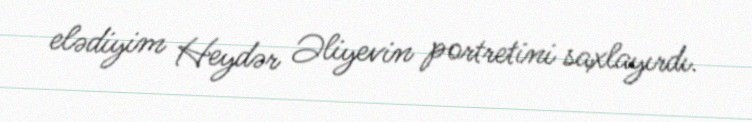
elədiyim Heydər Əliyevin portretini saxlayırdı.